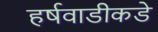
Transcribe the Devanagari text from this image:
हर्षवाडीकडे